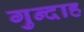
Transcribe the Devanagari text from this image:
गुन्दाह